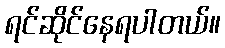
ရင်ဆိုင်နေရပါတယ်။